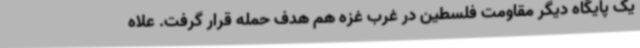
یک پایگاه دیگر مقاومت فلسطین در غرب غزه هم هدف حمله قرار گرفت. علاه